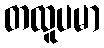
တထူပမာ